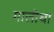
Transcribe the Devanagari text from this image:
गालीचा